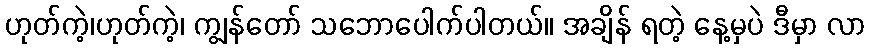
ဟုတ်ကဲ့၊ဟုတ်ကဲ့၊ ကျွန်တော် သဘောပေါက်ပါတယ်။ အချိန် ရတဲ့ နေ့မှပဲ ဒီမှာ လာ